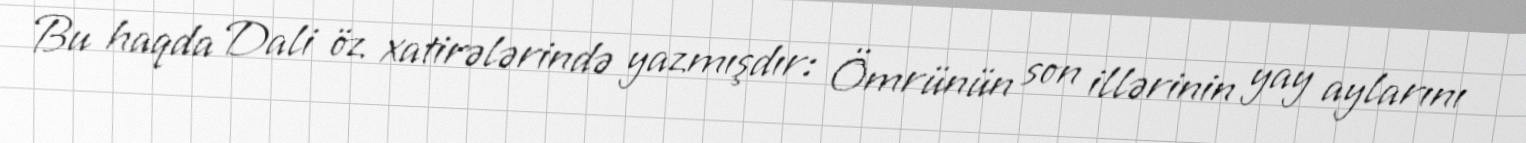
Bu haqda Dali öz xatirələrində yazmışdır: Ömrünün son illərinin yay aylarını